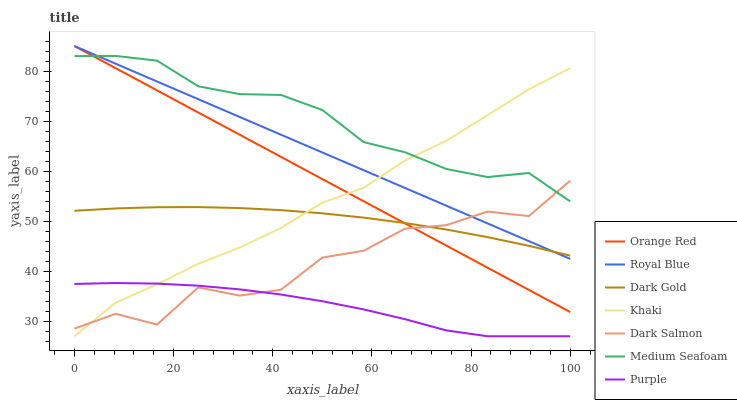
| xaxis_label | Orange Red | Royal Blue | Dark Gold | Khaki | Dark Salmon | Medium Seafoam | Purple |
 | --- | --- | --- | --- | --- | --- | --- | --- |
 | 0 | 85 | 85 | 52.1 | 27 | 28.5 | 83 | 37.5 |
 | 8.33 | 80.6 | 81.5 | 52.5 | 33.7 | 31.5 | 83 | 37.6 |
 | 16.7 | 76.1 | 77.9 | 52.8 | 37.4 | 29.3 | 82.1 | 37.5 |
 | 25 | 71.7 | 74.4 | 52.8 | 41.5 | 36.8 | 76.9 | 37.1 |
 | 33.3 | 67.3 | 70.8 | 52.6 | 44.7 | 35.1 | 75.4 | 36.4 |
 | 41.7 | 62.8 | 67.3 | 52.2 | 48.6 | 36.3 | 75.2 | 35.3 |
 | 50 | 58.4 | 63.7 | 51.6 | 53.7 | 42.7 | 72.2 | 34 |
 | 58.3 | 54 | 60.2 | 50.7 | 56.7 | 44.1 | 65.8 | 32.4 |
 | 66.7 | 49.6 | 56.6 | 49.6 | 62.1 | 48.5 | 63.8 | 30.4 |
 | 75 | 45.1 | 53.1 | 48.3 | 66.1 | 49.2 | 60.4 | 28.2 |
 | 83.3 | 40.7 | 49.6 | 46.8 | 71.2 | 51.9 | 58.8 | 27 |
 | 91.7 | 36.3 | 46 | 45.1 | 76.4 | 51 | 59.6 | 27 |
 | 100 | 31.8 | 42.5 | 43.1 | 80.6 | 58.1 | 53.9 | 27 |